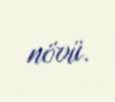
növü.